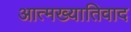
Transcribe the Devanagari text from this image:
आत्मख्यातिवाद